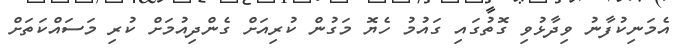
އެމަނިކުފާނު ވިދާޅުވި ގޮތުގައި ގައުމު ހެޔޮ މަގުން ކުރިއަށް ގެންދިއުމަށް ކުރި މަސައްކަތަށް